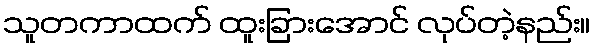
သူတကာထက် ထူးခြားအောင် လုပ်တဲ့နည်း။